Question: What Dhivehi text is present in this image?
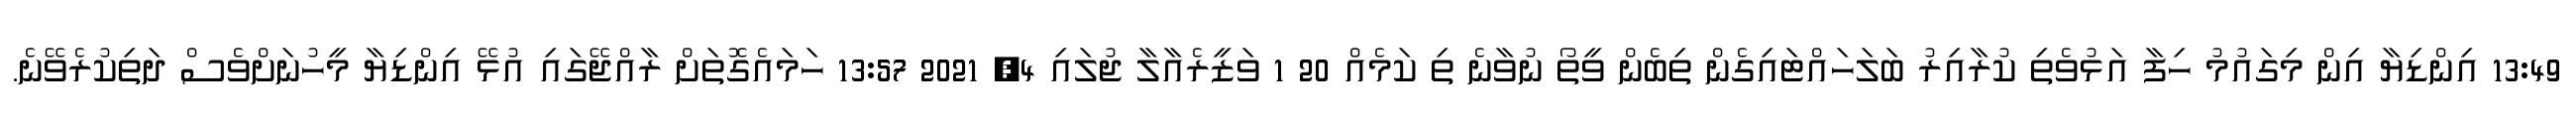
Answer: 13:49 އިންޑިޔާ އިން މިގައުމު ހިފާ އަޅުވެތި ކުރާއިރު ބަލަހައްޓައިގެން ތިބެން ވީތޯ ނުވާނެ ތި ކަމެއް 20 1 ވަޒީރެއާލާ ޖުލައި 4, 2021 13:57 ހަމައެގޮތަށް ރާއްޖޭގައި އުޅޭ އިންޑިޔާ މީހުނަށްވެސް ދަތިކުރެވޭނެ.